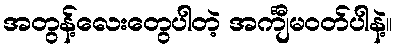
အတွန့်လေးတွေပါတဲ့ အင်္ကျီမဝတ်ပါနဲ့။